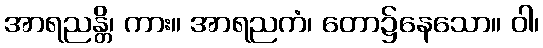
အာရညန္တိ၊ ကား။ အာရညကံ၊ တော၌နေသော။ ဝါ၊